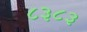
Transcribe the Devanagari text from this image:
८३८३